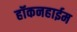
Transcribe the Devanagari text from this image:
हॉकनहाईम